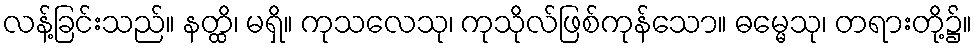
လန့်ခြင်းသည်။ နတ္ထိ၊ မရှိ။ ကုသလေသု၊ ကုသိုလ်ဖြစ်ကုန်သော။ ဓမ္မေသု၊ တရားတို့၌။